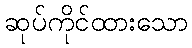
ဆုပ်ကိုင်ထားသော